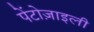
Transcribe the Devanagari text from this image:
पेंटोज़ाइली